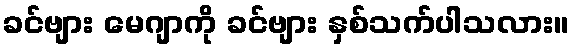
ခင်ဗျား မေဂျာကို ခင်ဗျား နှစ်သက်ပါသလား။